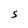
Character: S